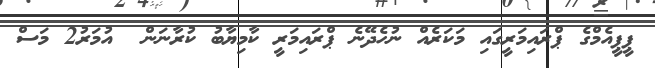
ޕީޕީއެމްގެ ޕްރައިމަރީގައި މަކަރެއް ނުހެދޭނެ ޕްރައިމަރީ ކާމިޔާބު ކުރާނަން  އުމަރު2 މަސް